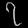
Digit: ၇